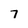
Character: 7